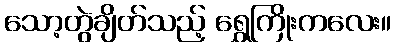
သော့တွဲချိတ်သည့် ရွှေကြိုးကလေး။